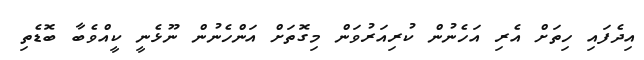
އިދެފައި ހިތަށް އެރި އަހެނުން ކުރިއަރުވަން މިގޮތަށް އަންހެނުން ނޫޅެނީ ކީއްވެބާ ބޮޑެތި